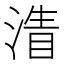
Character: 𣹴